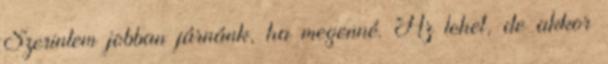
Szerintem jobban járnánk, ha megenné. Az lehet, de akkor